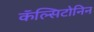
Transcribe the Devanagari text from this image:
कॅल्सिटोनिन